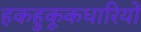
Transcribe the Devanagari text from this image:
हकहुकूकधारियों